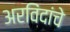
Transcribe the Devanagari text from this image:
अरविंदांचे